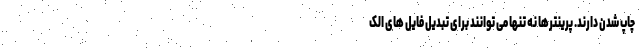
چاپ شدن دارند. پرینترها نه تنها می توانند برای تبدیل فایل های الک